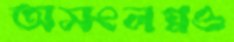
অসংলগ্নও